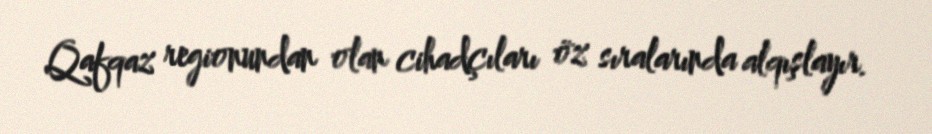
Qafqaz regionundan olan cihadçıları öz sıralarında alqışlayır.